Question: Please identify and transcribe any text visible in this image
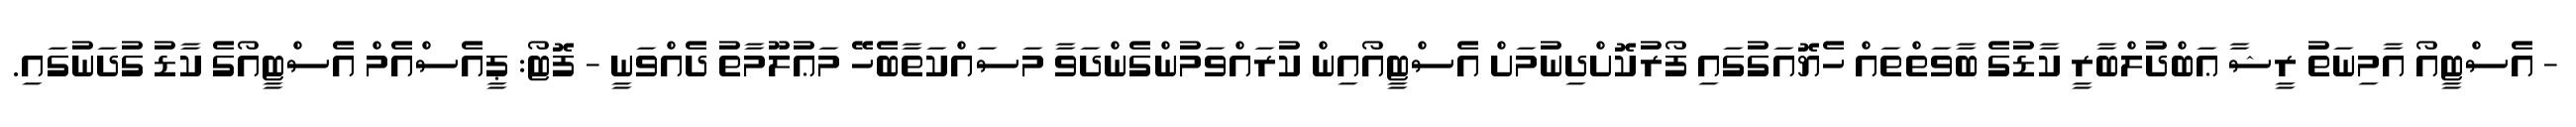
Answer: - އެސްޓީއޯ އާމިނަތު ރީޝާ ޢަބްދުލްބާރީ ކާޑުގެ ބާވަތްތައް ހެޔޮއަގުގައި ފޯރުކޮށްދިނުމަށް އެސްޓީއޯއިން ކުރައްވަމުންގެންދަވާ މަސައްކަތާބެހޭ މަޢުލޫމާތު ދެއްވަނީ - ފޮޓޯ: ޕީއެސްއެމް އެސްޓީއޯގެ ކާޑު ގުދަނުގައި.